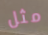
مثل